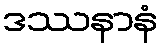
ဒဿနာနံ